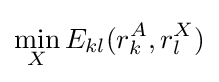
\min _{X}E_{kl}(r_{k}^{A},r_{l}^{X})